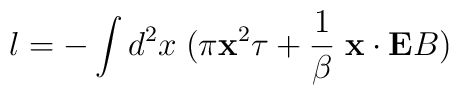
l=-\int d^2x\; ( \pi {\bf x}^2 \tau + {1\over \beta}\;{\bf x}\cdot {\bf E} B)